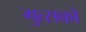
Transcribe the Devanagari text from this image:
गुत्सको